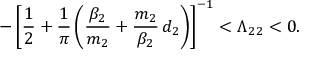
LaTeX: - \left[ \frac { 1 } { 2 } + \frac { 1 } { \pi } \left( \frac { \beta _ { 2 } } { m _ { 2 } } + \frac { m _ { 2 } } { \beta _ { 2 } } \, d _ { 2 } \right) \right] ^ { - 1 } < \Lambda _ { 2 2 } < 0 .